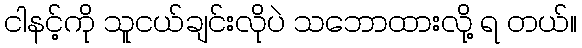
ငါနင့်ကို သူငယ်ချင်းလိုပဲ သဘောထားလို့ ရ တယ်။